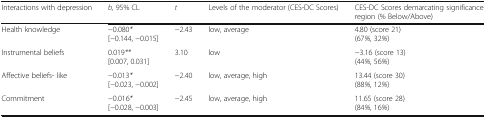
<table><thead><tr><td><b>Interactions with depression</b></td><td><b><i>b,</i> 95% CL</b></td><td><b><i>t</i></b></td><td><b>Levels of the moderator (CES-DC Scores)</b></td><td><b>CES-DC Scores demarcating significance region (% Below/Above)</b></td></tr></thead><tbody><tr><td>Health knowledge</td><td>−0.080<i>*</i>[−0.144, −0.015]</td><td>−2.43</td><td>low, average</td><td>4.80 (score 21)(67<i>%</i>, 32<i>%</i>)</td></tr><tr><td>Instrumental beliefs</td><td>0.019<i>**</i>[0.007, 0.031]</td><td>3.10</td><td>low</td><td>−3.16 (score 13)(44<i>%</i>, 56<i>%</i>)</td></tr><tr><td>Affective beliefs- like</td><td>−0.013<i>*</i>[−0.023, −0.002]</td><td>−2.40</td><td>low, average, high</td><td>13.44 (score 30)(88<i>%</i>, 12<i>%</i>)</td></tr><tr><td>Commitment</td><td>−0.016<i>*</i>[−0.028, −0.003]</td><td>−2.45</td><td>low, average, high</td><td>11.65 (score 28)(84<i>%</i>, 16<i>%</i>)</td></tr></tbody></table>